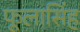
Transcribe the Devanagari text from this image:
फूलासिंह